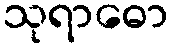
သုရာဓော